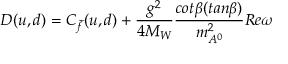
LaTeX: D ( u , d ) = C _ { \tilde { f } } ( u , d ) + \frac { g ^ { 2 } } { 4 M _ { W } } \frac { c o t \beta ( t a n \beta ) } { m _ { A ^ { 0 } } ^ { 2 } } R e \omega